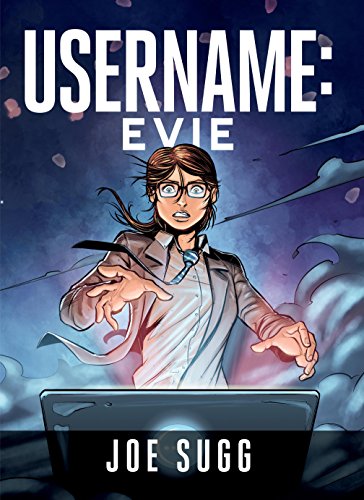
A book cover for Username: Evie; Joe Sugg; Comics & Graphic Novels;